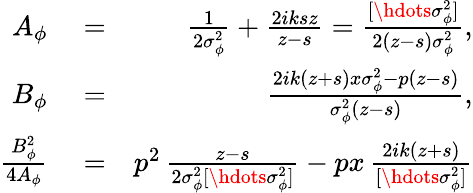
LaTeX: \begin{array}{rlr}{A_{\phi}}&{{}=}&{\frac{1}{2\sigma_{\phi}^{2}}+\frac{2iksz}{z-s}=\frac{[\hdots\sigma_{\phi}^{2}]}{2(z-s)\sigma_{\phi}^{2}},}\\ {B_{\phi}}&{{}=}&{\frac{2ik(z+s)x\sigma_{\phi}^{2}-p(z-s)}{\sigma_{\phi}^{2}(z-s)},}\\ {\frac{B_{\phi}^{2}}{4A_{\phi}}}&{{}=}&{p^{2}\, \frac{z-s}{2\sigma_{\phi}^{2}[\hdots\sigma_{\phi}^{2}]}-px\, \frac{2ik(z+s)}{[\hdots\sigma_{\phi}^{2}]}}\end{array}